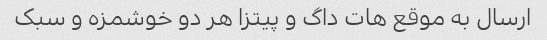
ارسال به موقع هات داگ و پیتزا هر دو خوشمزه و سبک